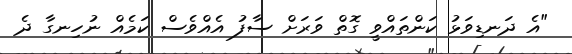
"އެ ދަނޑިވަޅު ކަންތައްވީ ގޮތް ވަރަަށް ސާފު އެއްވެސް ކަމެއް ނުހިނގާ ދެ